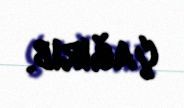
çağırıb.